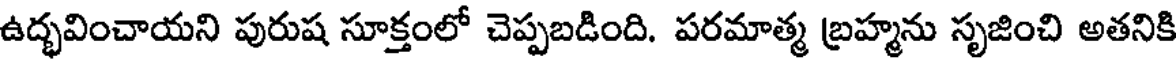
ఉద్భవించాయని పురుష సూక్తంలో చెప్పబడింది. పరమాత్మ బ్రహ్మను సృజించి అతనికి